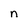
Character: n